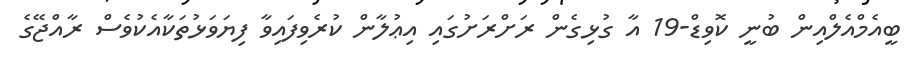
ބީއެމްއެލްއިން ބުނީ ކޮވިޑް-19 އާ ގުޅިގެން ރަށްރަށުގައި އިޢުލާން ކުރެވިފައިވާ ފިޔަވަޅުތަކާއެކުވެސް ރާއްޖޭގެ